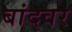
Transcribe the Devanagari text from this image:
बांदवर